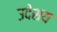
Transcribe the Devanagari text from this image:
उदेशय